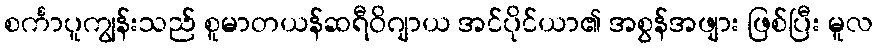
စင်္ကာပူကျွန်းသည် စူမာတယန်ဆရီဝိဂျာယ အင်ပိုင်ယာ၏ အစွန်အဖျား ဖြစ်ပြီး မူလ